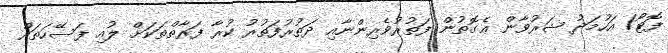
ފޮޓޯ/ އަހުމަދު ޝަރުވާން ޢެގޮތުން ފަތުރުވެރިންނާއި ދަތުރުފަތުރު ކުރާ ފަރާތްތަކަށް ލުއި ފަސޭހަތައް